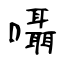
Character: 囁